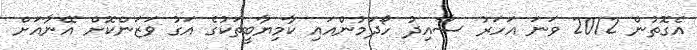
އެގޮތުން 2012 ވަނަ އަހަރު ސާއިދު ހޯދަމުންއައި ކާމިޔާބީތަކުގެ އަގު ވަޒަންކޮށް އޭނާއަށް